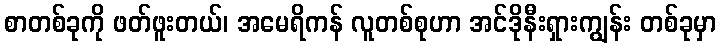
စာတစ်ခုကို ဖတ်ဖူးတယ်၊ အမေရိကန် လူတစ်စုဟာ အင်ဒိုနီးရှားကျွန်း တစ်ခုမှာ